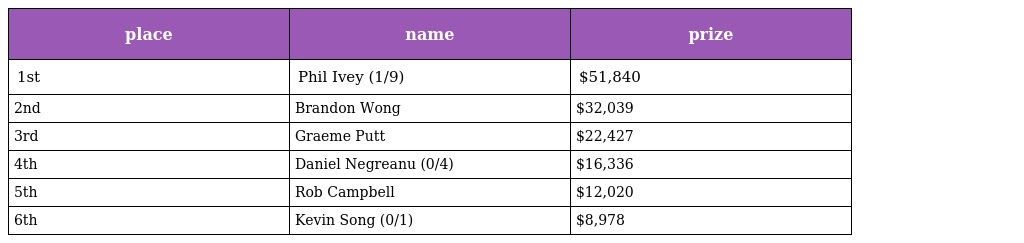
| place | name | prize |
 | --- | --- | --- |
 | 1st | Phil Ivey (1/9) | $51,840 |
 | 2nd | Brandon Wong | $32,039 |
 | 3rd | Graeme Putt | $22,427 |
 | 4th | Daniel Negreanu (0/4) | $16,336 |
 | 5th | Rob Campbell | $12,020 |
 | 6th | Kevin Song (0/1) | $8,978 |